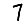
Digit: 7